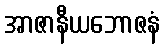
အာဇာနီယဘောဇနံ